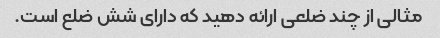
مثالی از چند ضلعی ارائه دهید که دارای شش ضلع است.